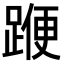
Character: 𨂯